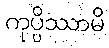
ကုပ္ပိဿာမိ